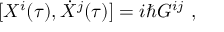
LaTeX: [ X ^ { i } ( \tau ) , \dot { X } ^ { j } ( \tau ) ] = i \hbar G ^ { i j } \ ,